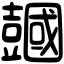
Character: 𧰒